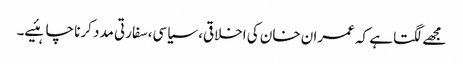
مجھے لگتا ہے کہ عمران خان کی اخلاقی، سیاسی،سفارتی مدد کرنا چاہئیے۔